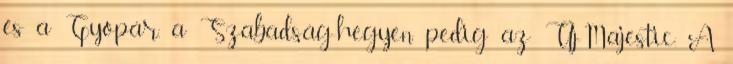
és a Gyopár, a Szabadság-hegyen pedig az Új-Majestic. A